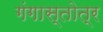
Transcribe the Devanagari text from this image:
गंगास्तोत्र